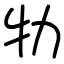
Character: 牞